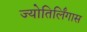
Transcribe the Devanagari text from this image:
ज्योतिर्लिंगास